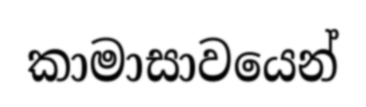
කාමාසාවයෙන්